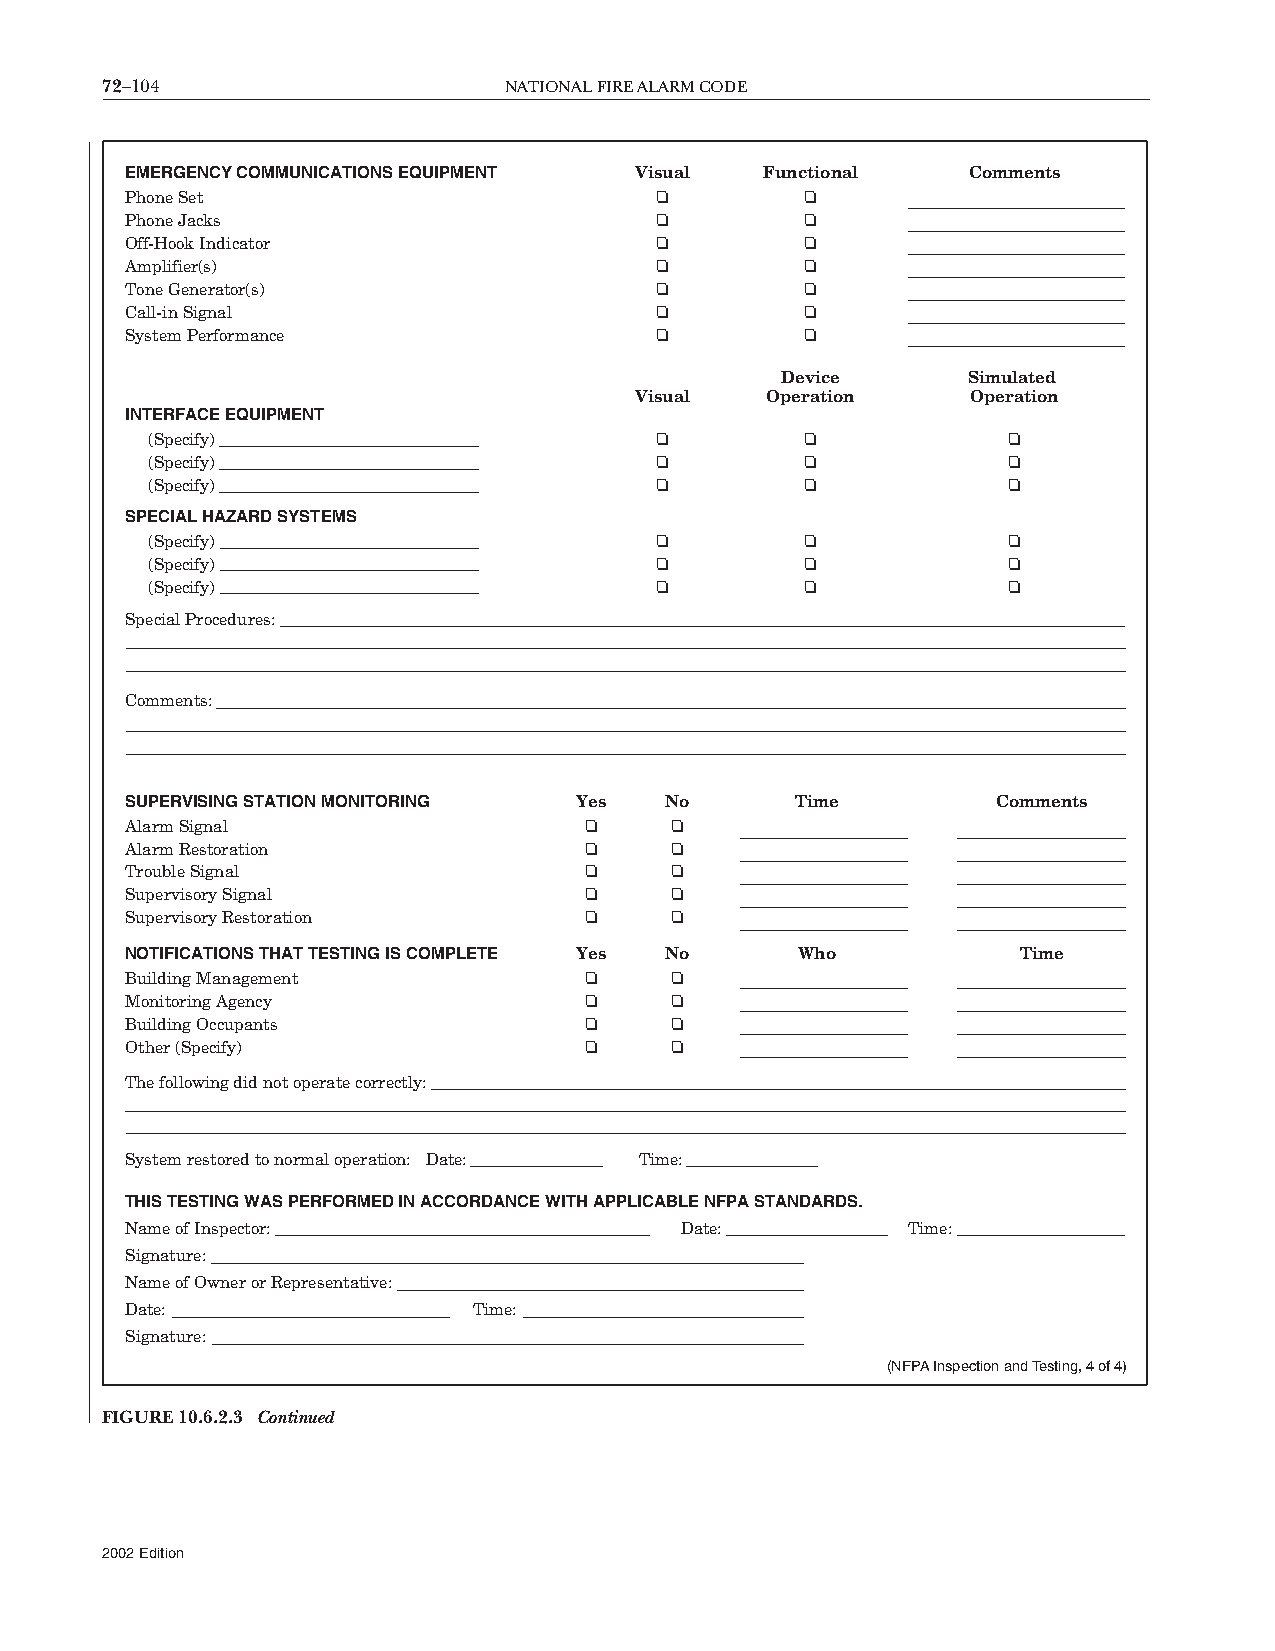
72–104                    NATIONALFIREALARMCODE
 EMERGENCY COMMUNICATIONS EQUIPMENT Visual  Functional   Comments
 Phone Set                          ❏         ❏
 Phone Jacks                        ❏         ❏
 Off-Hook Indicator                 ❏         ❏
 Amplifier(s)                       ❏         ❏
 Tone Generator(s)                  ❏         ❏
 Call-in Signal                     ❏         ❏
 System Performance                 ❏         ❏
 Device      Simulated
 Visual   Operation    Operation
 INTERFACE EQUIPMENT
 (Specify)                        ❏         ❏             ❏
 (Specify)                        ❏         ❏             ❏
 (Specify)                        ❏         ❏             ❏
 SPECIAL HAZARD SYSTEMS
 (Specify)                        ❏         ❏             ❏
 (Specify)                        ❏         ❏             ❏
 (Specify)                        ❏         ❏             ❏
 Special Procedures:
 Comments:
 SUPERVISING STATION MONITORING Yes  No       Time         Comments
 Alarm Signal                   ❏    ❏
 Alarm Restoration              ❏    ❏
 Trouble Signal                 ❏    ❏
 Supervisory Signal             ❏    ❏
 Supervisory Restoration        ❏    ❏
 NOTIFICATIONS THAT TESTING IS COMPLETE Yes No Who           Time
 Building Management            ❏    ❏
 Monitoring Agency              ❏    ❏
 Building Occupants             ❏    ❏
 Other (Specify)                ❏    ❏
 The following did not operate correctly:
 System restored to normal operation: Date: Time:
 THIS TESTING WAS PERFORMED IN ACCORDANCE WITH APPLICABLE NFPA STANDARDS.
 Name of Inspector:                   Date:          Time:
 Signature:
 Name of Owner or Representative:
 Date:                  Time:
 Signature:
 (NFPA Inspection and Testing, 4 of 4)
 FIGURE10.6.2.3 Continued
 2002Edition